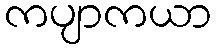
ကပျာကယာ